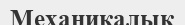
Механикалык